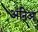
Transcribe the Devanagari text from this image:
अंनिआ